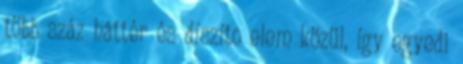
több száz háttér és díszíto elem közül, így egyedi